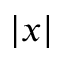
| x |